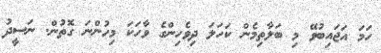
ހަމަ އަޖައިބުވޭ މި ބަލާތިމެން ކަހަލަ ދިވެހިންގެ ވާހަކަ މިހުންނަ ގޮތުން. ނަސީދު